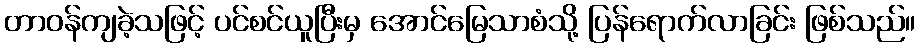
တာဝန်ကျခဲ့သဖြင့် ပင်စင်ယူပြီးမှ အောင်မြေသာစံသို့ ပြန်ရောက်လာခြင်း ဖြစ်သည်။